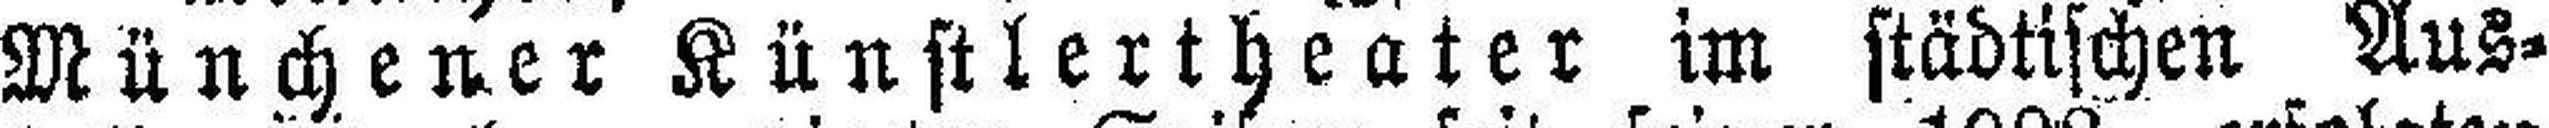
Münchener Künstlertheater im städtischen Aus¬